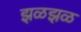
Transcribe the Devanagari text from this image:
झळझळ